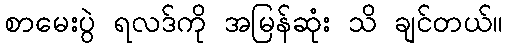
စာမေးပွဲ ရလဒ်ကို အမြန်ဆုံး သိ ချင်တယ်။